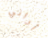
أراني